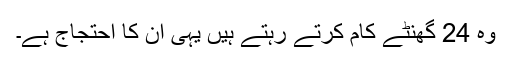
وہ 24 گھنٹے کام کرتے رہتے ہیں یہی ان کا احتجاج ہے۔